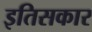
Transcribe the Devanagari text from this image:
इतिसकार